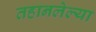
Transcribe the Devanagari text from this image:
तहानलेल्या